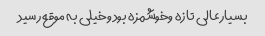
بسیارعالی تازه وخوشمزه بود وخیلی به موقع رسید